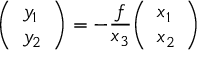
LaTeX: { \left( \begin{array} { l } { y _ { 1 } } \\ { y _ { 2 } } \end{array} \right) } = - { \frac { f } { x _ { 3 } } } { \left( \begin{array} { l } { x _ { 1 } } \\ { x _ { 2 } } \end{array} \right) }